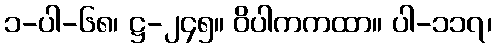
၁-ပါ-၆၈၊ ဋ္ဌ-၂၄၅။ ဝိပါကကထာ။ ပါ-၁၁၇၊